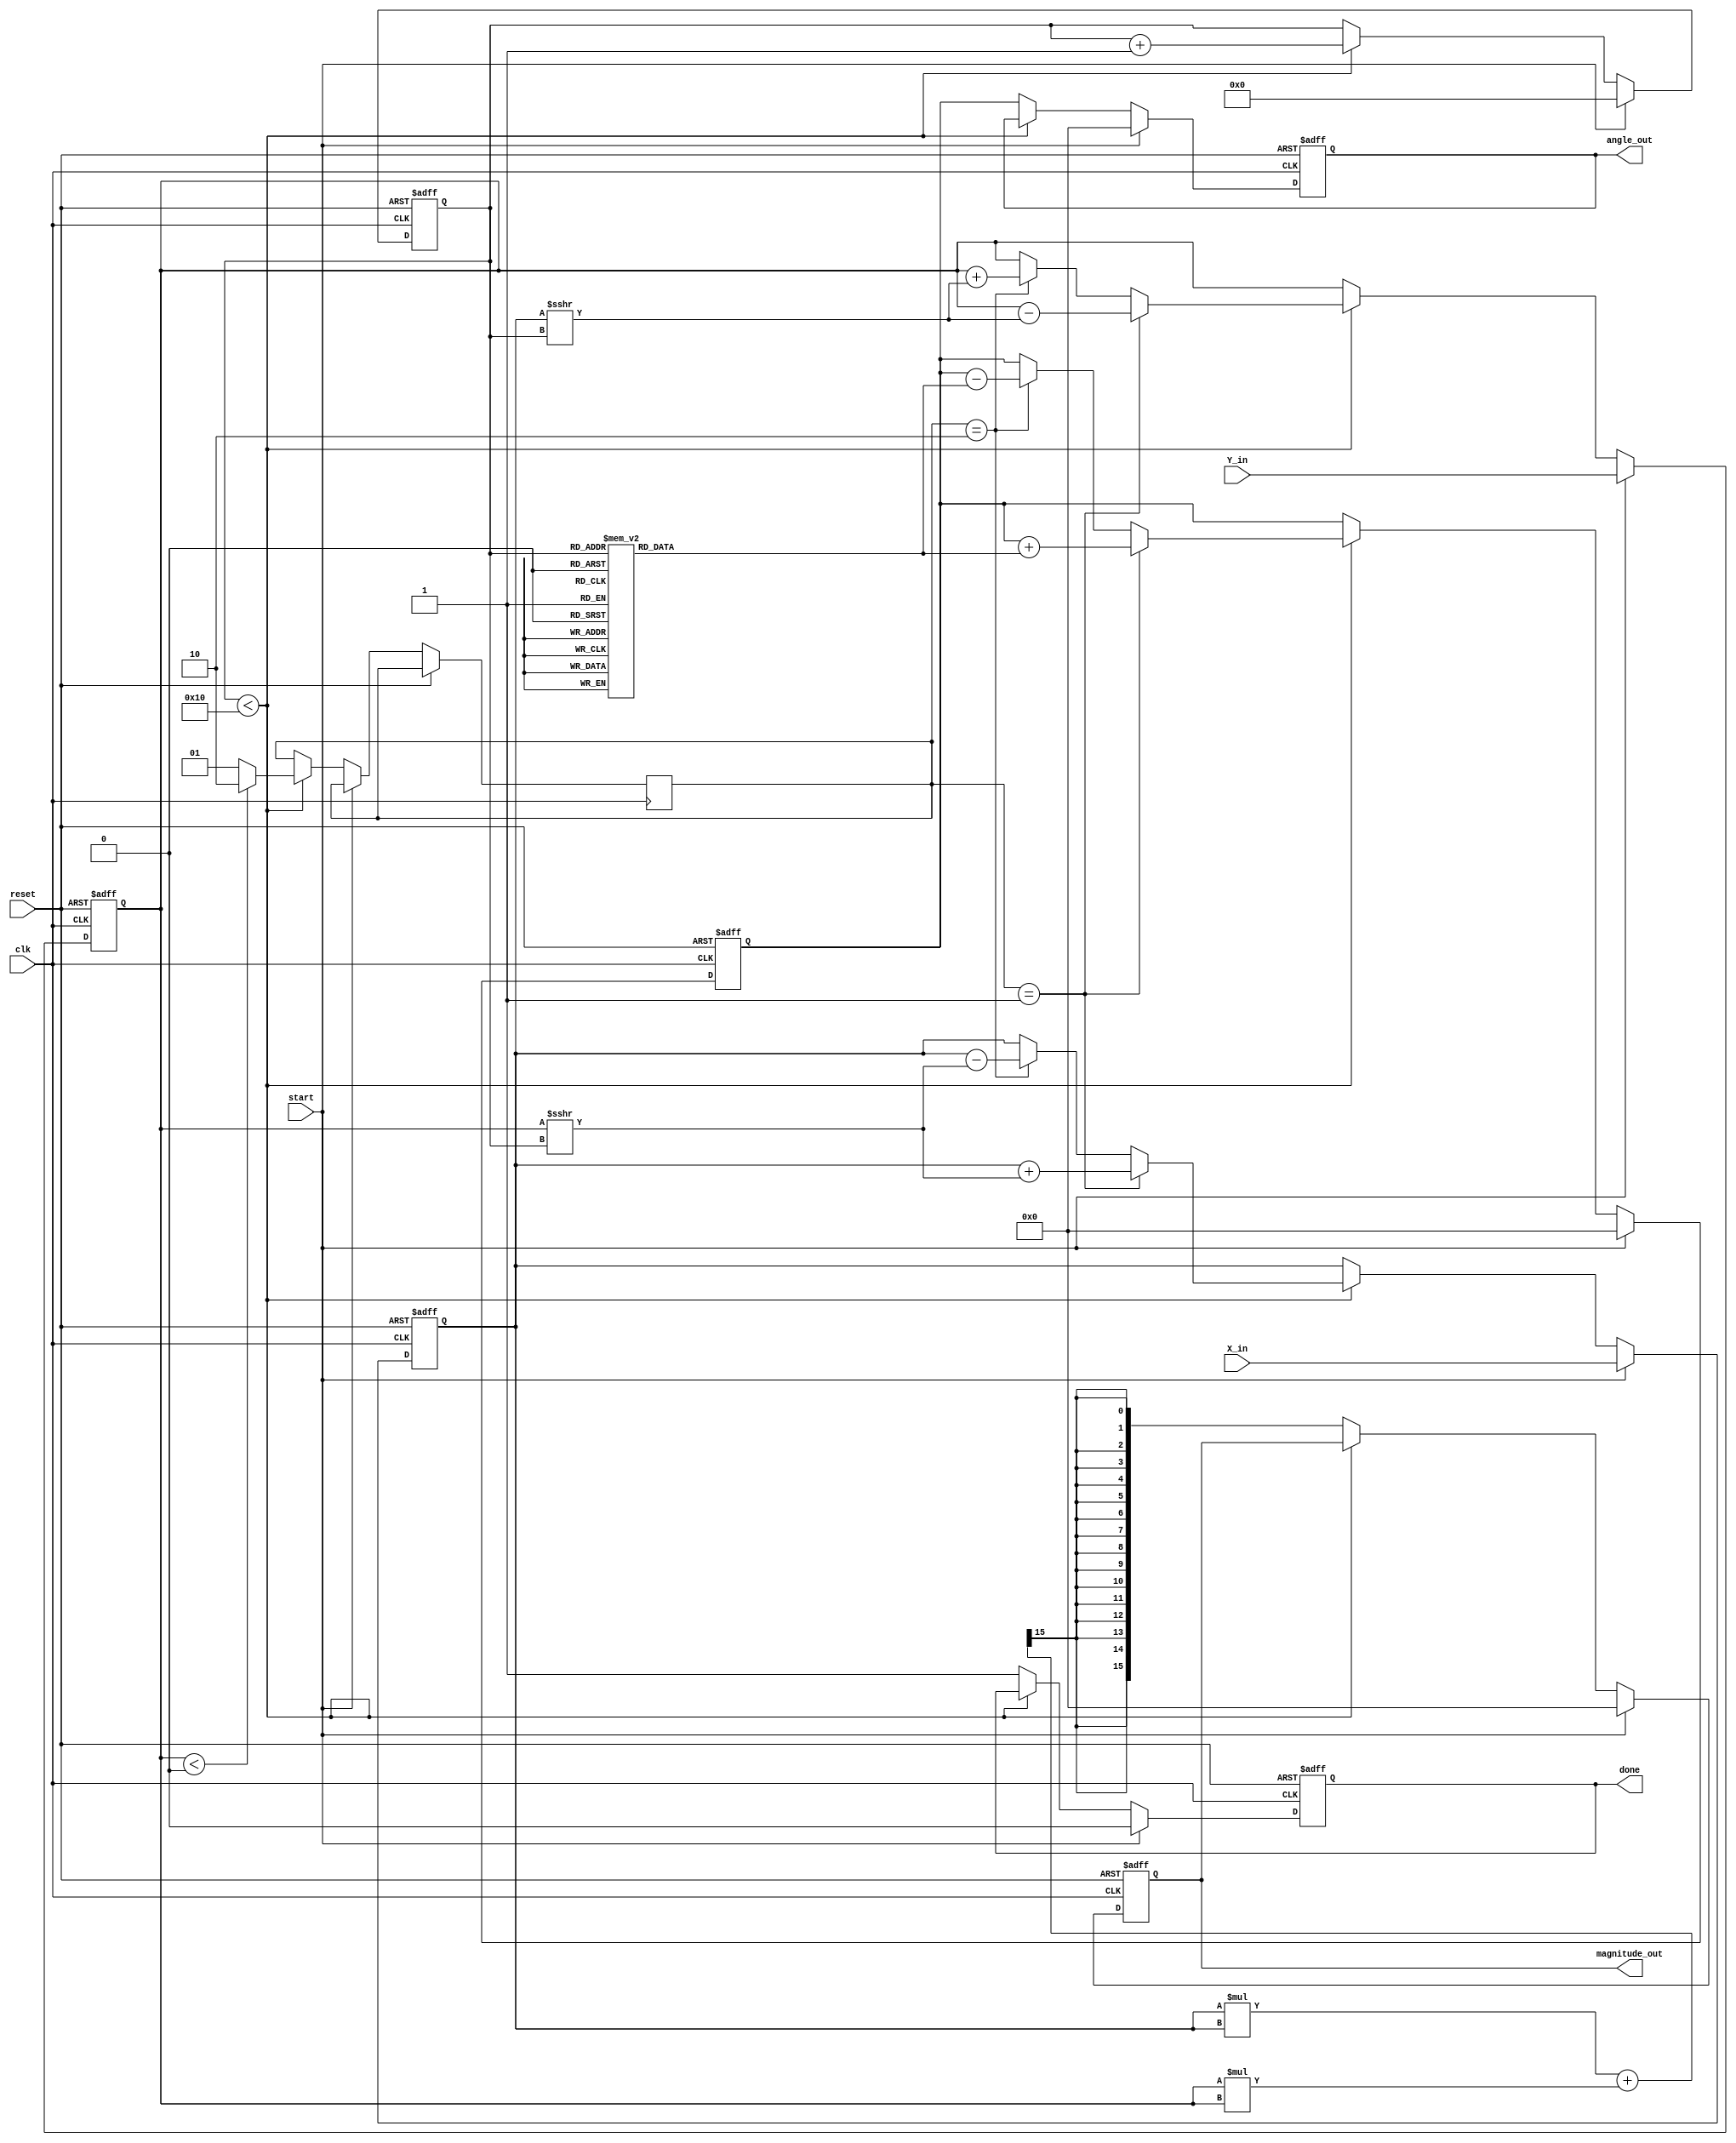
module vectoring_cordic #(
    parameter WIDTH = 16,         // Width of fixed-point representation
    parameter ITERATIONS = 16     // Number of CORDIC iterations
)(
    input wire clk,               // Clock signal
    input wire reset,             // Reset signal
    input wire start,             // Start signal for computation
    input wire signed [WIDTH-1:0] X_in, // Input X vector
    input wire signed [WIDTH-1:0] Y_in, // Input Y vector
    output reg signed [WIDTH-1:0] angle_out, // Computed angle
    output reg signed [WIDTH-1:0] magnitude_out, // Computed magnitude
    output reg done               // Done signal
);

    // CORDIC gain factor (approximation)
    localparam signed [WIDTH-1:0] K = 16'hB5E6; // Approximation of 0.6072 in fixed-point

    // CORDIC arctangent values (in fixed-point)
    reg signed [WIDTH-1:0] atan_table [0:ITERATIONS-1];
    initial begin
        atan_table[0] = 16'h2000; // atan(2^0) = /4
        atan_table[1] = 16'h1000; // atan(2^-1)
        atan_table[2] = 16'h0800; // atan(2^-2)
        atan_table[3] = 16'h0400; // atan(2^-3)
        atan_table[4] = 16'h0200; // atan(2^-4)
        atan_table[5] = 16'h0100; // atan(2^-5)
        atan_table[6] = 16'h0080; // atan(2^-6)
        atan_table[7] = 16'h0040; // atan(2^-7)
        atan_table[8] = 16'h0020; // atan(2^-8)
        atan_table[9] = 16'h0010; // atan(2^-9)
        atan_table[10] = 16'h0008; // atan(2^-10)
        atan_table[11] = 16'h0004; // atan(2^-11)
        atan_table[12] = 16'h0002; // atan(2^-12)
        atan_table[13] = 16'h0001; // atan(2^-13)
        atan_table[14] = 16'h0001; // atan(2^-14)
        atan_table[15] = 16'h0000; // atan(2^-15)
    end

    // Internal registers
    reg signed [WIDTH-1:0] X, Y;
    reg signed [WIDTH-1:0] angle;
    reg [3:0] iteration;
    reg [1:0] d; // Direction: 0 for none, 1 for clockwise, 2 for counterclockwise

    // State machine for control
    always @(posedge clk or posedge reset) begin
        if (reset) begin
            X <= 0;
            Y <= 0;
            angle <= 0;
            iteration <= 0;
            done <= 0;
            magnitude_out <= 0;
            angle_out <= 0;
        end else if (start) begin
            // Initialize inputs
            X <= X_in;
            Y <= Y_in;
            angle <= 0;
            iteration <= 0;
            done <= 0;
            magnitude_out <= 0;
            angle_out <= 0;
        end else if (iteration < ITERATIONS) begin
            // Determine direction
            if (Y < 0) begin
                d <= 2; // Counterclockwise
            end else begin
                d <= 1; // Clockwise
            end

            // CORDIC rotation
            if (d == 1) begin
                X <= X + (Y >>> iteration);
                Y <= Y - (X >>> iteration);
                angle <= angle + atan_table[iteration];
            end else if (d == 2) begin
                X <= X - (Y >>> iteration);
                Y <= Y + (X >>> iteration);
                angle <= angle - atan_table[iteration];
            end

            // Increment iteration
            iteration <= iteration + 1;
        end else begin
            // Compute magnitude
            magnitude_out <= (X * X + Y * Y) >>> (WIDTH - 1); // Approximate sqrt
            angle_out <= angle;
            done <= 1; // Indicate completion
        end
    end

endmodule